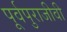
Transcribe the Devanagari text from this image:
पूर्वपुराजीवी